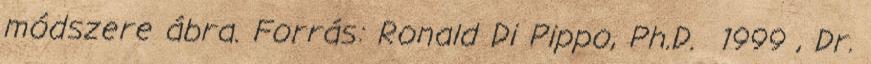
módszere ábra. Forrás: Ronald Di Pippo, Ph.D. 1999 , Dr.